65_HS1-834228961_62-HQ-83894_Section_6
Agency: FBI
Page 10
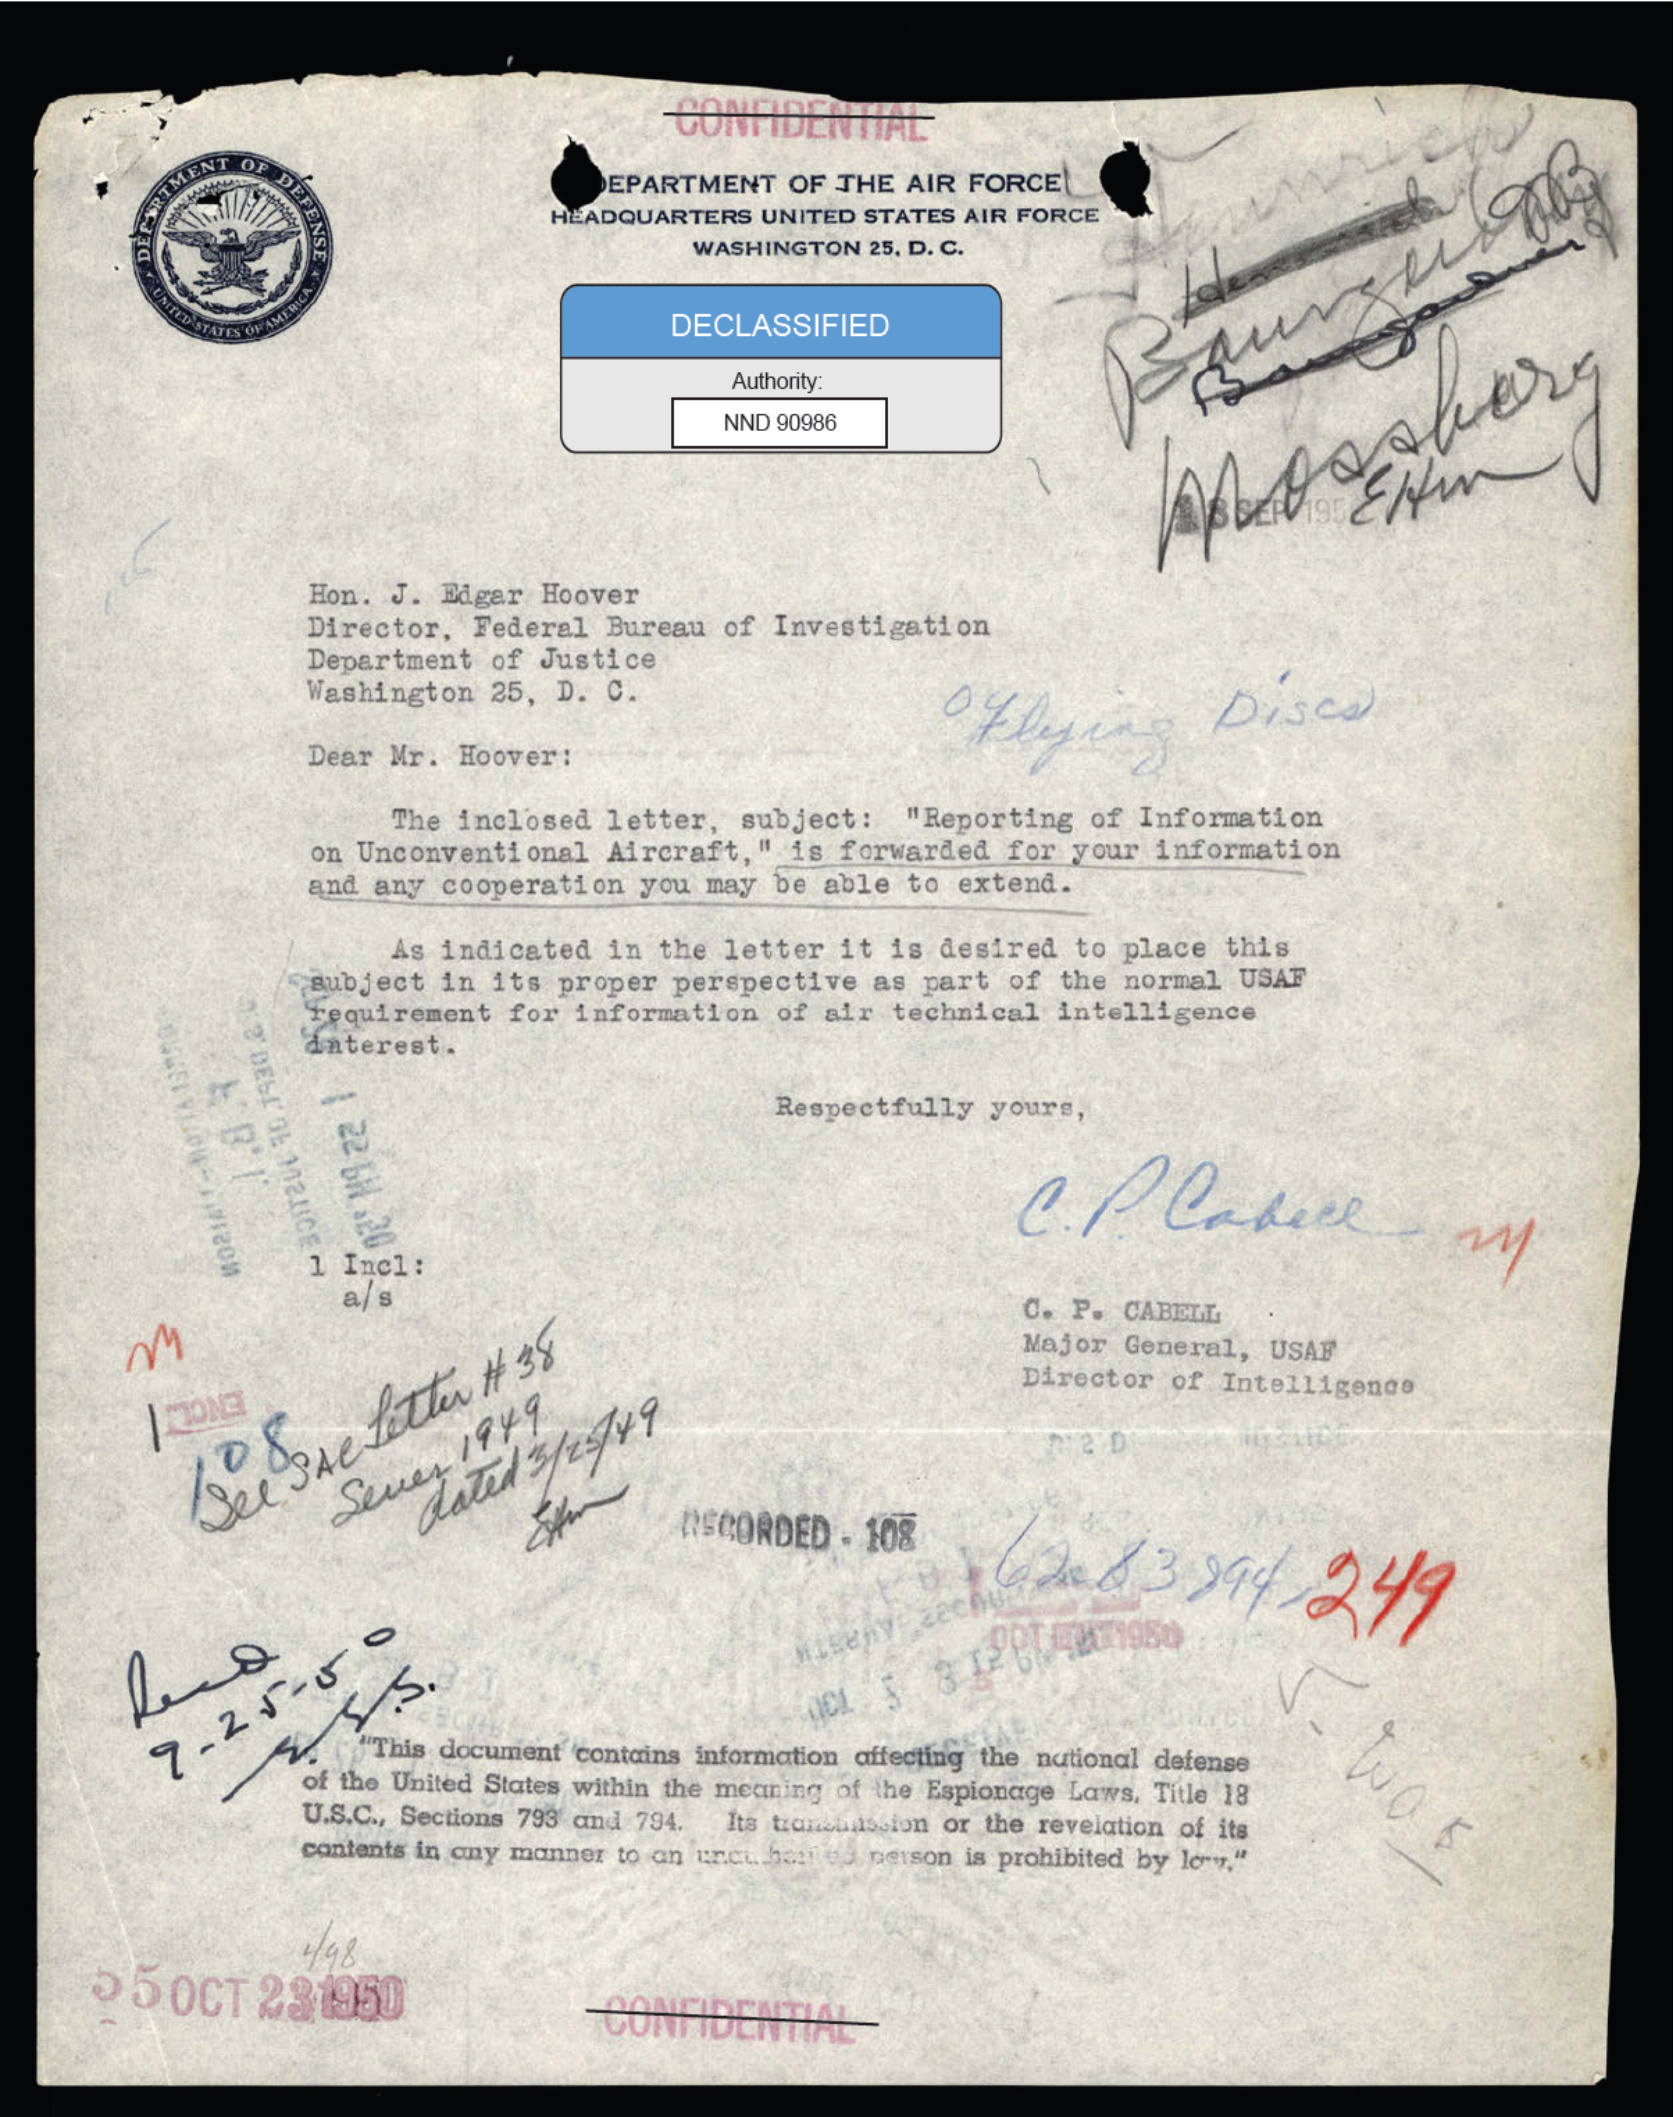